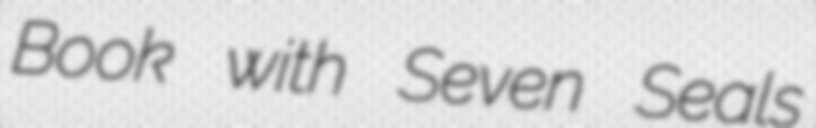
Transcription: Book with Seven Seals